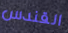
القندس